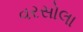
વરસોલા